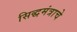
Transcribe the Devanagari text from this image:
सिद्धमंत्राचे